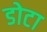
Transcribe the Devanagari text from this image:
डोटा